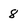
Character: 8